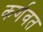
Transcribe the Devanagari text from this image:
कर्णवत